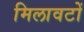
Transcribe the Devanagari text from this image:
मिलावटों